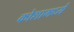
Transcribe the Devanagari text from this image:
कोशामध्ये